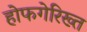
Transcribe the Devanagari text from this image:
होफगेरिख्त